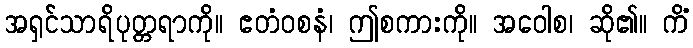
အရှင်သာရိပုတ္တရာကို။ ဧတံဝစနံ၊ ဤစကားကို။ အဝေါစ၊ ဆို၏။ ကိံ